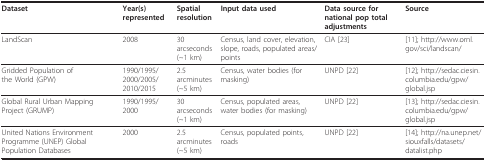
| Dataset | Year(s) represented | Spatial resolution | Input data used | Data source for national pop total adjustments | Source |
 | --- | --- | --- | --- | --- | --- |
 | LandScan | 2008 | 30 arcseconds (~1 km) | Census, land cover, elevation, slope, roads, populated areas/points | CIA [23] | [11]; http://www.ornl.gov/sci/landscan/ |
 | Gridded Population of the World (GPW) | 1990/1995/2000/2005/2010/2015 | 2.5 arcminutes (~5 km) | Census, water bodies (for masking) | UNPD [22] | [12]; http://sedac.ciesin.columbia.edu/gpw/global.jsp |
 | Global Rural Urban Mapping Project (GRUMP) | 1990/1995/2000 | 30 arcseconds (~1 km) | Census, populated areas, water bodies (for masking) | UNPD [22] | [13]; http://sedac.ciesin.columbia.edu/gpw/global.jsp |
 | United Nations Environment Programme (UNEP) Global Population Databases | 2000 | 2.5 arcminutes (~5 km) | Census, populated points, roads | UNPD [22] | [14];http://na.unep.net/siouxfalls/datasets/datalist.php |